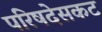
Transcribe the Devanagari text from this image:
परिषदेसकट